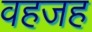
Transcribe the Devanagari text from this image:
वहजह